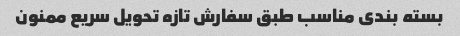
بسته بندی مناسب طبق سفارش تازه تحویل سریع ممنون